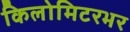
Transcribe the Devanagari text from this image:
किलोमिटरभर